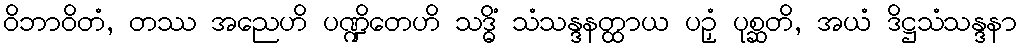
ဝိဘာဝိတံ, တဿ အညေဟိ ပဏ္ဍိတေဟိ သဒ္ဓိံ သံသန္ဒနတ္ထာယ ပဉှံ ပုစ္ဆတိ, အယံ ဒိဋ္ဌသံသန္ဒနာ